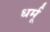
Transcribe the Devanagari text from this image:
धर्मू